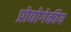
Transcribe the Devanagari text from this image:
प्रोद्योगेकीय